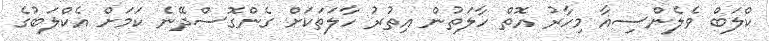
ކްލަބް ވެލެންސިއާ މިހާރު އޮތް ހާލަތުން އިތުރު ހާލަތަކަށް ގެންގޮސްދޭނެ ކަމަށް އެކްލަބުގެ